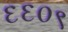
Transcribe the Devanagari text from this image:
६६०९